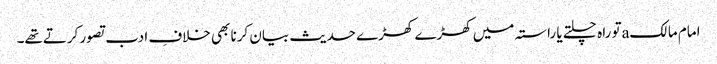
امام مالکaتو راہ چلتے یا راستہ میں کھڑے کھڑے حدیث بیان کرنا بھی خلافِ ادب تصور کرتےتھے۔